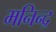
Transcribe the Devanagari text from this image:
मनिन्द्र